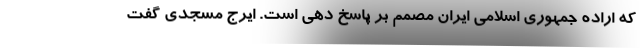
که اراده جمهوری اسلامی ایران مصمم بر پاسخ دهی است. ایرج مسجدی گفت